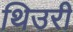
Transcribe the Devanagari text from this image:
थिउरी